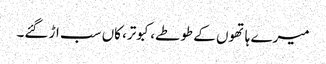
میرے ہاتھوں کے طوطے، کبوتر، کاں سب اڑ گئے۔